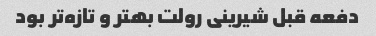
دفعه قبل شیرینی رولت بهتر و تازه‌تر بود